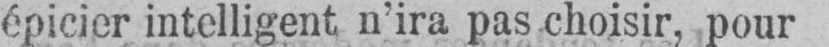
épicier intelligent n’ira pas choisir, pour